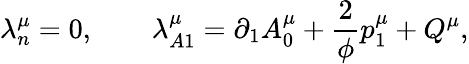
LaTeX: \lambda_{n}^{\mu}=0,\qquad\lambda_{A1}^{\mu}=\partial_{1}A_{0}^{\mu}+\frac 2\phi p_{1}^{\mu}+Q^{\mu},